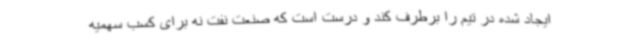
ایجاد شده در تیم را برطرف کند و درست است که صنعت نفت نه برای کسب سهمیه